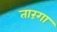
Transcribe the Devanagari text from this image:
तारंगा